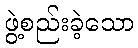
ဖွဲ့စည်းခဲ့သော